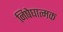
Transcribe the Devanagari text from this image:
निषेघात्मक